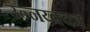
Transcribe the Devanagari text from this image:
उन्नय्क्का